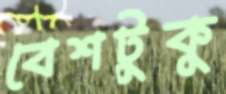
বেশটুকু